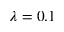
\lambda = 0 . 1